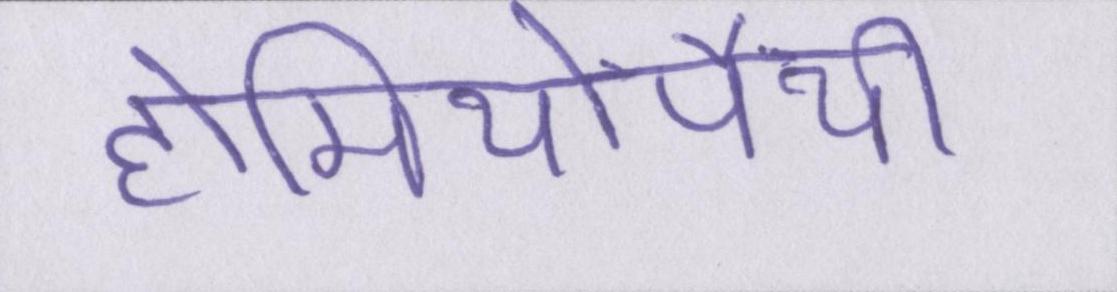
होमियोपैथी